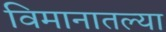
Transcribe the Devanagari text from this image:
विमानातल्या